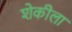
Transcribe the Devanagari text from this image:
शेकीला